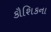
કૌશિકના